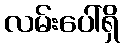
လမ်းပေါ်ရှိ